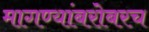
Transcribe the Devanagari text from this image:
मागण्यांबरोबरच